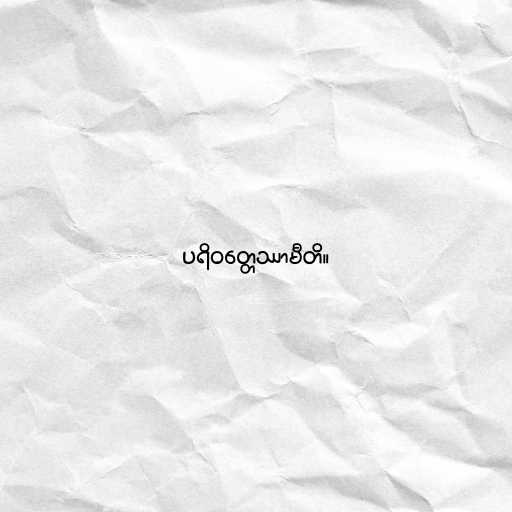
ပရိဝတ္တေဿာမီတိ။